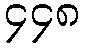
၄၄၈